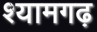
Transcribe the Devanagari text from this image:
श्यामगढ़